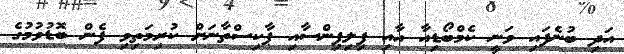
އަދި ބުނެފައި ވަނީ ކެމްބޯޑިއާ އާއި ފިލިޕިންސާއި ޕާކިސްތާނަށް ކުރިމަތިވި ފެން ބޮޑުވުމުގެ